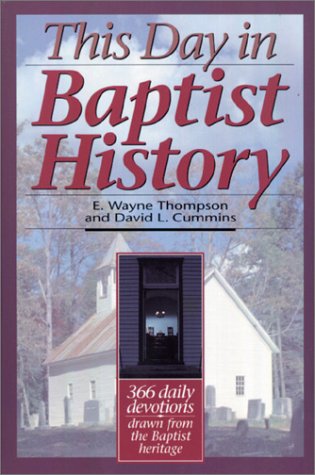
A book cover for This Day in Baptist History: 366 Daily Devotions Drawn from the Baptist Heritage; E. Wayne Thompson; Christian Books & Bibles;